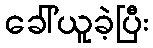
ခေါ်ယူခဲ့ပြီး